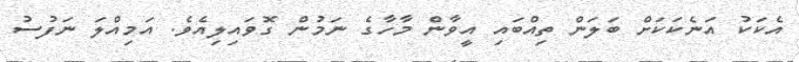
އެކަކު އަނެކަކަށް ބަލަން ތިއްބައި އީވާން މާހާގެ ނަމުން ގޮވައިލިއެވެ. އަމިއްލަ ނަފުސު